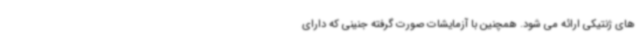
های ژنتیکی ارائه می شود. همچنین با آزمایشات صورت گرفته جنینی که دارای